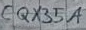
Text: CQX35A